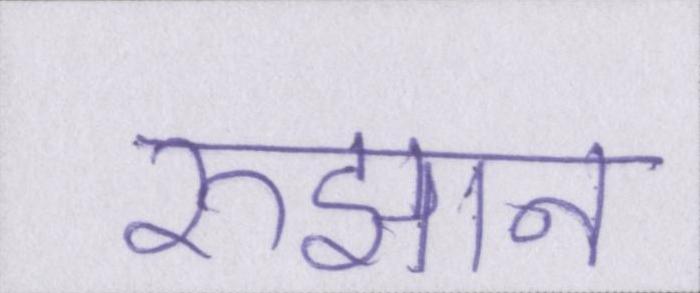
रुझान